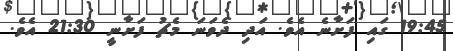
19:45 ގައި ފަށާނެ އެވެ. އަދި ދެވަނަ މެޗު ފަށާނީ 21:30 އެވެ.